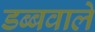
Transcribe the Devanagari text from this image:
डब्बवाले